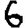
Digit: 6